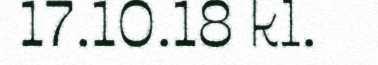
17.10.18 kl.